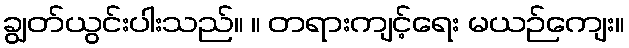
ချွတ်ယွင်းပါးသည်။ ။ တရားကျင့်ရေး မယဉ်ကျေး။